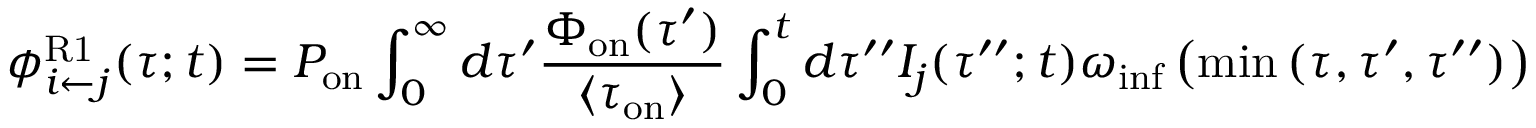
\phi _ { i \leftarrow j } ^ { \mathrm { R 1 } } ( \tau ; t ) = P _ { \mathrm { o n } } \int _ { 0 } ^ { \infty } d \tau ^ { \prime } \frac { \Phi _ { \mathrm { o n } } ( \tau ^ { \prime } ) } { \langle \tau _ { \mathrm { o n } } \rangle } \int _ { 0 } ^ { t } d \tau ^ { \prime \prime } I _ { j } ( \tau ^ { \prime \prime } ; t ) \omega _ { \mathrm { i n f } } \left( \operatorname* { m i n } { ( \tau , \tau ^ { \prime } , \tau ^ { \prime \prime } ) } \right)